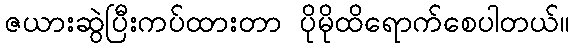
ဇယားဆွဲပြီးကပ်ထားတာ ပိုမိုထိရောက်စေပါတယ်။